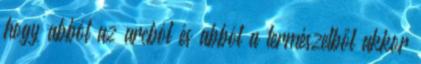
hogy abból az arcból és abból a természetből akkor